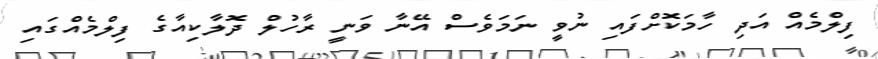
ފިލްމެއް އަދި ހާމަކޮށްފައި ނުވީ ނަމަވެސް އޭނާ ވަނީ ރާހުލް ދޮލާކިއާގެ ފިލްމެއްގައި